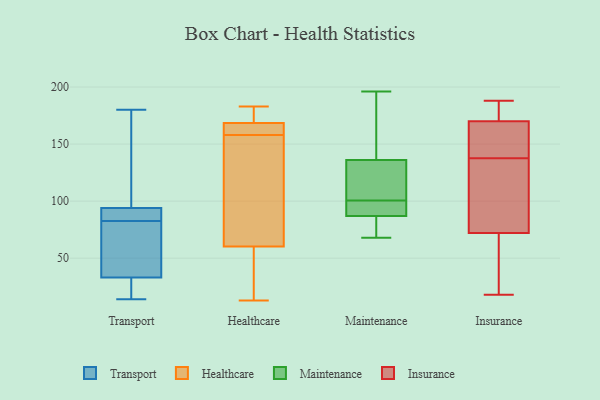
{"axis": {"x": "Tickets Resolved", "y": "Value"}, "legend": ["Healthcare", "Insurance", "Maintenance", "Transport"], "data": [{"x": "", "y": 94, "type": "Transport"}, {"x": "", "y": 24, "type": "Transport"}, {"x": "", "y": 44, "type": "Transport"}, {"x": "", "y": 14, "type": "Transport"}, {"x": "", "y": 25, "type": "Transport"}, {"x": "", "y": 90, "type": "Transport"}, {"x": "", "y": 33, "type": "Transport"}, {"x": "", "y": 132, "type": "Transport"}, {"x": "", "y": 180, "type": "Transport"}, {"x": "", "y": 105, "type": "Transport"}, {"x": "", "y": 91, "type": "Transport"}, {"x": "", "y": 34, "type": "Transport"}, {"x": "", "y": 83, "type": "Transport"}, {"x": "", "y": 17, "type": "Transport"}, {"x": "", "y": 73, "type": "Transport"}, {"x": "", "y": 155, "type": "Transport"}, {"x": "", "y": 94, "type": "Transport"}, {"x": "", "y": 82, "type": "Transport"}, {"x": "", "y": 183, "type": "Healthcare"}, {"x": "", "y": 170, "type": "Healthcare"}, {"x": "", "y": 166, "type": "Healthcare"}, {"x": "", "y": 164, "type": "Healthcare"}, {"x": "", "y": 141, "type": "Healthcare"}, {"x": "", "y": 13, "type": "Healthcare"}, {"x": "", "y": 168, "type": "Healthcare"}, {"x": "", "y": 67, "type": "Healthcare"}, {"x": "", "y": 153, "type": "Healthcare"}, {"x": "", "y": 177, "type": "Healthcare"}, {"x": "", "y": 158, "type": "Healthcare"}, {"x": "", "y": 30, "type": "Healthcare"}, {"x": "", "y": 58, "type": "Healthcare"}, {"x": "", "y": 18, "type": "Healthcare"}, {"x": "", "y": 61, "type": "Healthcare"}, {"x": "", "y": 178, "type": "Healthcare"}, {"x": "", "y": 159, "type": "Healthcare"}, {"x": "", "y": 87, "type": "Maintenance"}, {"x": "", "y": 81, "type": "Maintenance"}, {"x": "", "y": 89, "type": "Maintenance"}, {"x": "", "y": 136, "type": "Maintenance"}, {"x": "", "y": 186, "type": "Maintenance"}, {"x": "", "y": 68, "type": "Maintenance"}, {"x": "", "y": 196, "type": "Maintenance"}, {"x": "", "y": 106, "type": "Maintenance"}, {"x": "", "y": 95, "type": "Maintenance"}, {"x": "", "y": 124, "type": "Maintenance"}, {"x": "", "y": 122, "type": "Insurance"}, {"x": "", "y": 188, "type": "Insurance"}, {"x": "", "y": 61, "type": "Insurance"}, {"x": "", "y": 72, "type": "Insurance"}, {"x": "", "y": 145, "type": "Insurance"}, {"x": "", "y": 96, "type": "Insurance"}, {"x": "", "y": 168, "type": "Insurance"}, {"x": "", "y": 131, "type": "Insurance"}, {"x": "", "y": 43, "type": "Insurance"}, {"x": "", "y": 176, "type": "Insurance"}, {"x": "", "y": 183, "type": "Insurance"}, {"x": "", "y": 18, "type": "Insurance"}, {"x": "", "y": 170, "type": "Insurance"}, {"x": "", "y": 144, "type": "Insurance"}]}